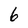
Character: 6